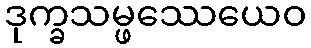
ဒုက္ခသမ္ဖဿေယေဝ